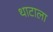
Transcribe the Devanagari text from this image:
थाटाला